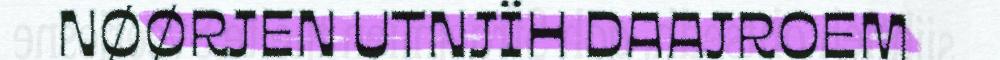
NØØRJEN UTNJÏH DAAJROEM